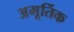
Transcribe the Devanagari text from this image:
अमूर्तिक